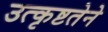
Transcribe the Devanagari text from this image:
उत्कृष्टतेने